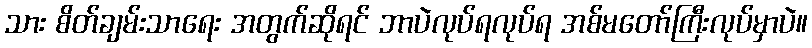
သား စိတ်ချမ်းသာရေး အတွက်ဆိုရင် ဘာပဲလုပ်ရလုပ်ရ အစ်မတော်ကြီးလုပ်မှာပဲ။